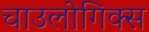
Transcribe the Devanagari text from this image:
चाउलोगिक्स